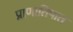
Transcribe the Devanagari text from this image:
प्राणातिपात